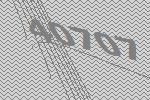
40707